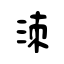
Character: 洓